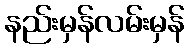
နည်းမှန်လမ်းမှန်